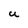
Character: U